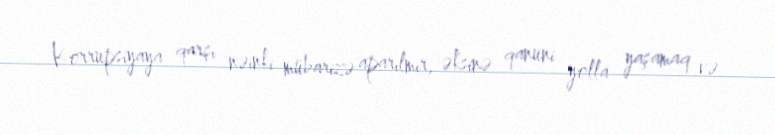
Korrupsiyaya qarşı nəinki mübarizə aparılmır, əksinə qanuni yolla yaşamaq və